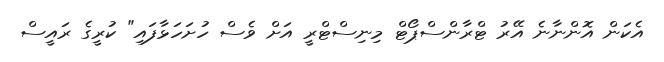
އެކަން އޮންނާނެ އޭރު ޓްރާންސްޕޯޓް މިނިސްޓްރީ އަށް ވެސް ހުށަހަޅާފައި" ކުރީގެ ރައީސް